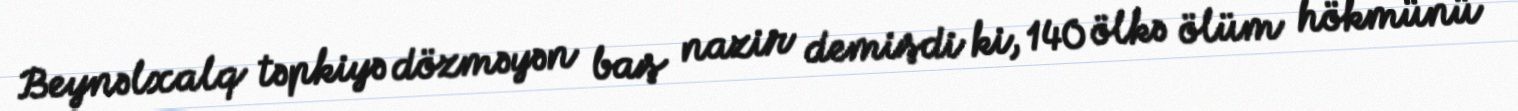
Beynəlxalq təpkiyə dözməyən baş nazir demişdi ki, 140 ölkə ölüm hökmünü